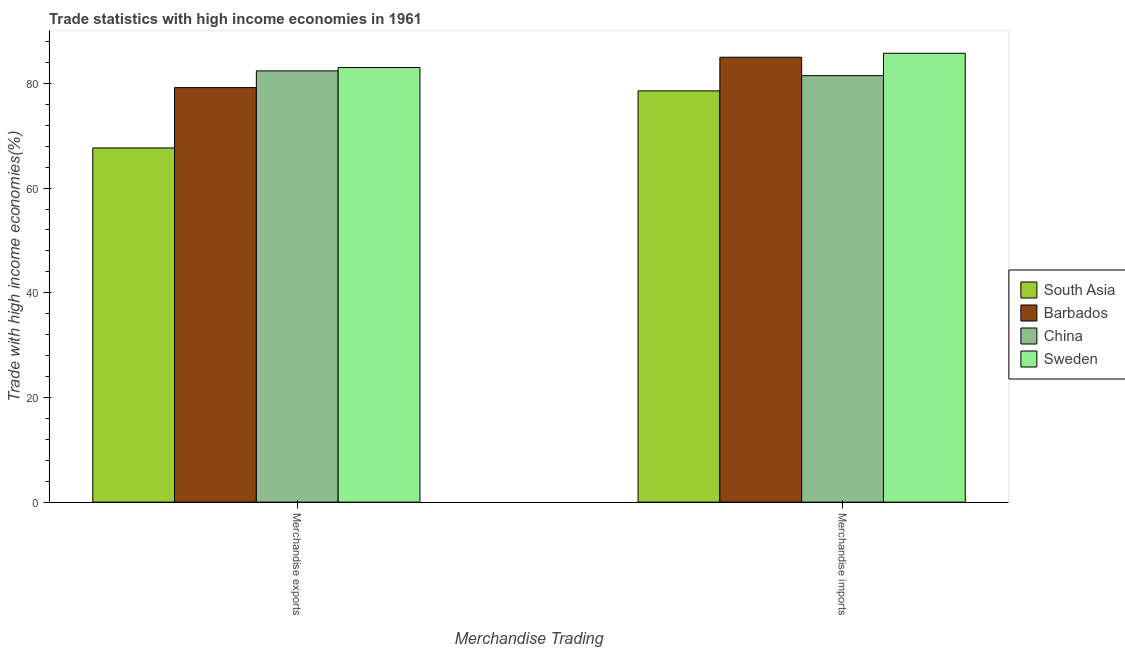
| Merchandise Trading | South Asia | Barbados | China | Sweden |
 | --- | --- | --- | --- | --- |
 | Merchandise exports | 67.7 | 79.2 | 82.4 | 83 |
 | Merchandise imports | 78.6 | 85 | 81.5 | 85.8 |